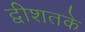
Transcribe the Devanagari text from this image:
द्वीशतके